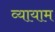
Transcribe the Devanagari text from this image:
व्‍यायाम